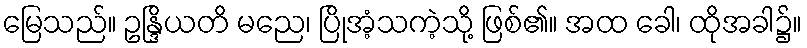
မြေသည်။ ဥန္ဒြိယတိ မညေ၊ ပြိုအံ့သကဲ့သို့ ဖြစ်၏။ အထ ခေါ၊ ထိုအခါ၌။